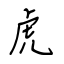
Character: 虎